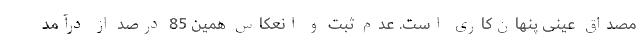
مصداق عینی پنهان‌کاری است. عدم ثبت و انعکاس همین 85 درصد از درآمد